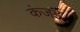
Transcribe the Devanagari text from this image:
कंजई